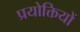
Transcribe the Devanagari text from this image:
प्रयोक्तियों